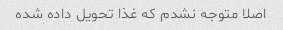
اصلا متوجه نشدم که غذا تحویل داده شده